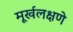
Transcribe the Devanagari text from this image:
मूर्खलक्षणे